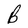
Character: B